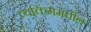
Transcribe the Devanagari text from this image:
व्यक्तिंममधील